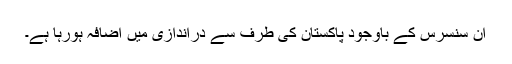
ان سنسرس کے باوجود پاکستان کی طرف سے دراندازی میں اضافہ ہورہا ہے۔